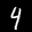
Label: 4